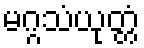
မဂ္ဂသံယုတ္တံ